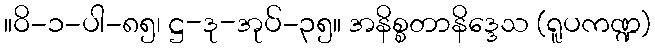
။ဝိ-၁-ပါ-၈၅၊ ဋ္ဌ-ဒု-အုပ်-၃၅။ အနိစ္စတာနိဒ္ဒေသ (ရူပကဏ္ဍ)